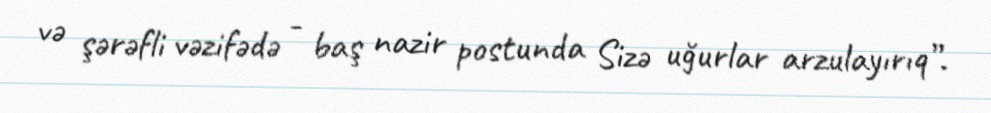
və şərəfli vəzifədə - baş nazir postunda Sizə uğurlar arzulayırıq”.